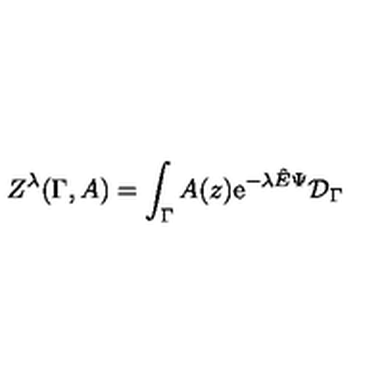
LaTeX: Z ^ { \lambda } ( \Gamma , A ) = \int _ { \Gamma } A ( z ) \mathrm { e } ^ { - \lambda { \hat { E } } \Psi } { \cal D } _ { \Gamma }